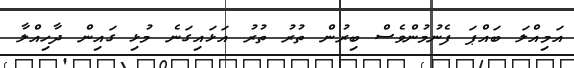
އަމިއްލަ ބައްޕަ ފެނުމުންވެސް ބިރުން ތުރު ތުރު އަޅައިގަނެ މުޅި ގައިން ދާހިއްލާ